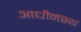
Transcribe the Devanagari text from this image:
आधीनस्थ